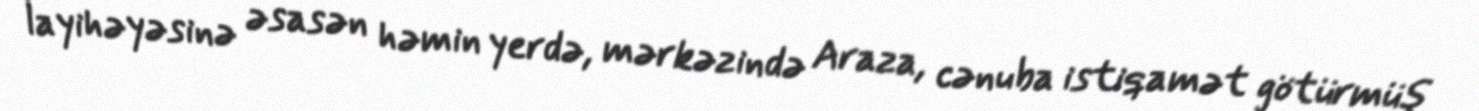
layihəyəsinə əsasən həmin yerdə, mərkəzində Araza, cənuba istiqamət götürmüş